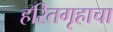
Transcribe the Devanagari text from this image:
हरितगृहाचा